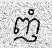
ញំ